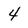
Character: 4